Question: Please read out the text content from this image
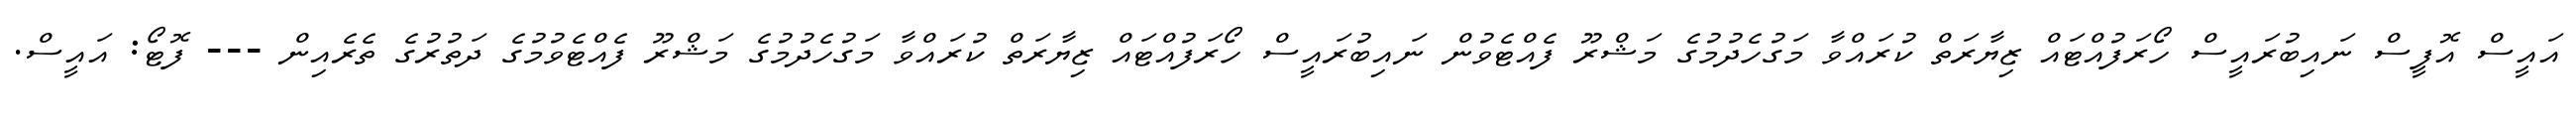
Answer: އައީސް އޮފީސް ނައިބުރައީސް ހޯރަފުއްޓައް ޒިޔާރަތް ކުރައްވާ މަގުހެދުމުގެ މަޝްރޫ ފެއްޓެވުން ނައިބުރައީސް ހޯރަފުއްޓައް ޒިޔާރަތް ކުރައްވާ މަގުހެދުމުގެ މަޝްރޫ ފެއްޓެވުމުގެ ދަތުރުގެ ތެރެއިން --- ފޮޓޯ: އައީސް.